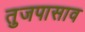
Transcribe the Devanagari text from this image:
तुजपासाव